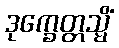
ဒုက္ခေတ္တသ္မိံ